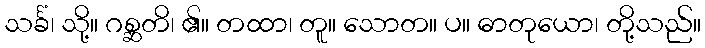
သင်္ခံ၊ သို့။ ဂစ္ဆတိ၊ ၏။ တထာ၊ တူ။ သောတ။ ပ။ ဓာတုယော၊ တို့သည်။